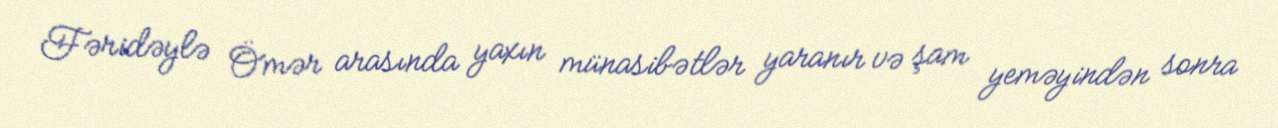
Fəridəylə Ömər arasında yaxın münasibətlər yaranır və şam yeməyindən sonra